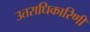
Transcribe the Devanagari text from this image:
उतराधिकारिणी